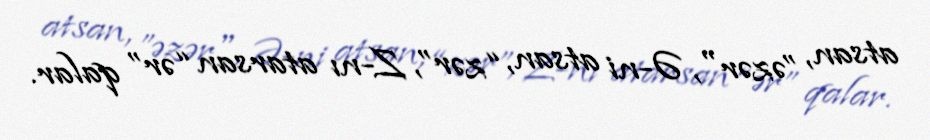
atsan, ”əzər", Ə-ni atsan, “zər”, Z-nı atarsan “ər” qalar.